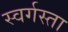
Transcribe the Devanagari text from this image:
स्वर्गस्ता